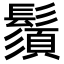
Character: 鬚